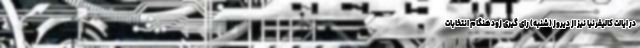
در ایالت کالیفرنیا نیز از دیروز (شنبه) رای گیری زودهنگام انتخابات